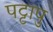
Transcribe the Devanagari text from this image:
पट्टापु